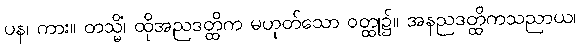
ပန၊ ကား။ တသ္မိံ၊ ထိုအညဒတ္ထိက မဟုတ်သော ဝတ္ထု၌။ အနညဒတ္ထိကသညာယ၊